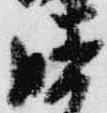
膳